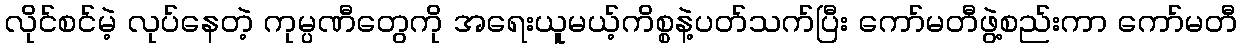
လိုင်စင်မဲ့ လုပ်နေတဲ့ ကုမ္ပဏီတွေကို အရေးယူမယ့်ကိစ္စနဲ့ပတ်သက်ပြီး ကော်မတီဖွဲ့စည်းကာ ကော်မတီ